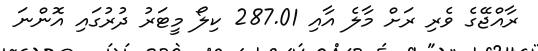
ރާއްޖޭގެ ވެރި ރަށް މާލެ އާއި 287.01 ކިލޯ މީޓަރު ދުރުގައި އޮންނަ